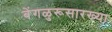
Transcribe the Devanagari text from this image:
बेंगळुरूसारख्या